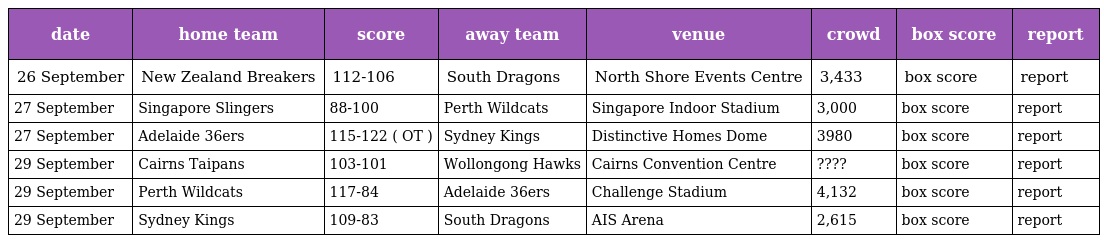
| date | home team | score | away team | venue | crowd | box score | report |
 | --- | --- | --- | --- | --- | --- | --- | --- |
 | 26 September | New Zealand Breakers | 112-106 | South Dragons | North Shore Events Centre | 3,433 | box score | report |
 | 27 September | Singapore Slingers | 88-100 | Perth Wildcats | Singapore Indoor Stadium | 3,000 | box score | report |
 | 27 September | Adelaide 36ers | 115-122 ( OT ) | Sydney Kings | Distinctive Homes Dome | 3980 | box score | report |
 | 29 September | Cairns Taipans | 103-101 | Wollongong Hawks | Cairns Convention Centre | ???? | box score | report |
 | 29 September | Perth Wildcats | 117-84 | Adelaide 36ers | Challenge Stadium | 4,132 | box score | report |
 | 29 September | Sydney Kings | 109-83 | South Dragons | AIS Arena | 2,615 | box score | report |